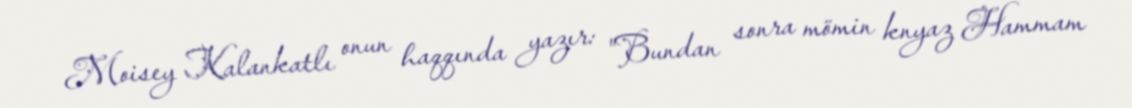
Moisey Kalankatlı onun haqqında yazır: "Bundan sonra mömin knyaz Hammam